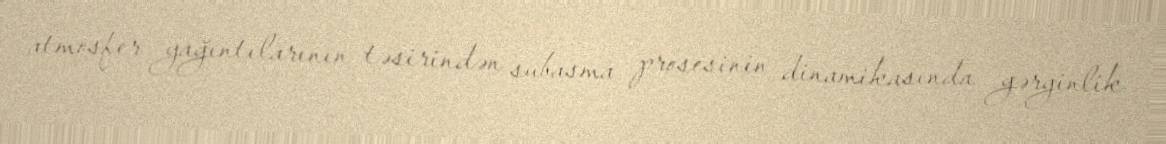
atmosfer yağıntılarının təsirindən subasma prosesinin dinamikasında gərginlik